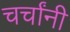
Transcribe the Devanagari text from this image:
चर्चांनी